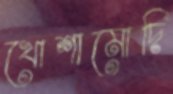
খোশামোদি